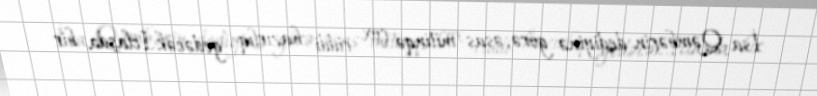
İsa Qəmbərin dediyinə görə, əsas mitinqə çox ciddi hazırlıq gedəcək.İclasda bir